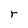
Character: r